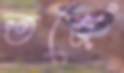
তর্জে